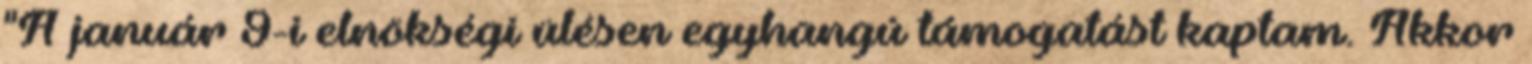
"A január 9-i elnökségi ülésen egyhangú támogatást kaptam. Akkor